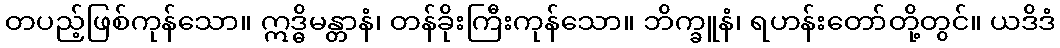
တပည့်ဖြစ်ကုန်သော။ ဣဒ္ဓိမန္တာနံ၊ တန်ခိုးကြီးကုန်သော။ ဘိက္ခူနံ၊ ရဟန်းတော်တို့တွင်။ ယဒိဒံ